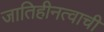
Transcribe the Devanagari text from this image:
जातिहीनत्वाची